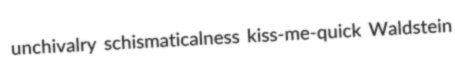
unchivalry schismaticalness kiss-me-quick Waldstein